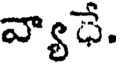
వ్యాధే.